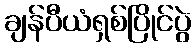
ချန်ပီယံရှစ်ပြိုင်ပွဲ